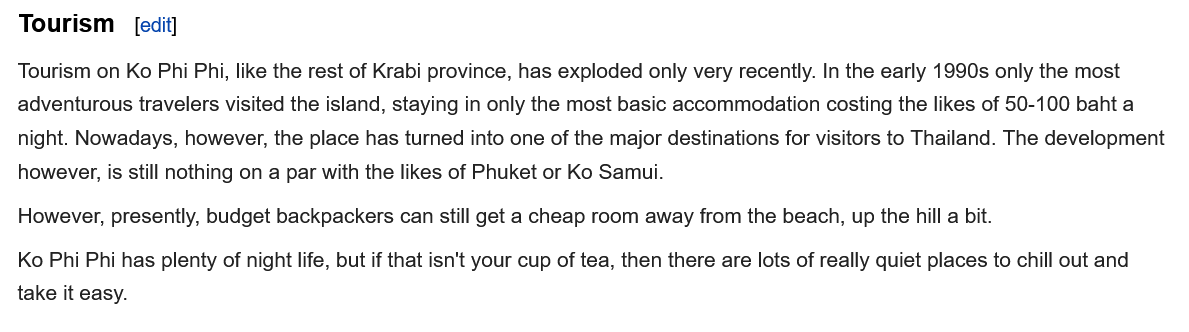
Tourism    edi
  tourism on Ko Phi Pni, like the rest of Krabi province, has exploded only very recently. In the early 1990s only the most
  adventurous travelers visited the island, staying in only the most basic accommodation costing the likes of 50-100 baht a
  night. Nowadays, however, the place has turned into one of the major destinations for visitors to Thailand. The development
  however, is still nothing on a par with the likes of Phuket or Ko Samui.
  However, presently, budget backpackers can still get a cheap room away from the beach, up the hill a bit.
  Ko Phi Phi has plenty of night life, but if that isn't your cup of tea, then there are lots of really quiet places to chill out and
  take it easy.